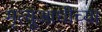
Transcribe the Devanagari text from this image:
मृत्यूआधीच्या